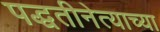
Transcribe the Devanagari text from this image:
पद्धतीनेत्याच्या